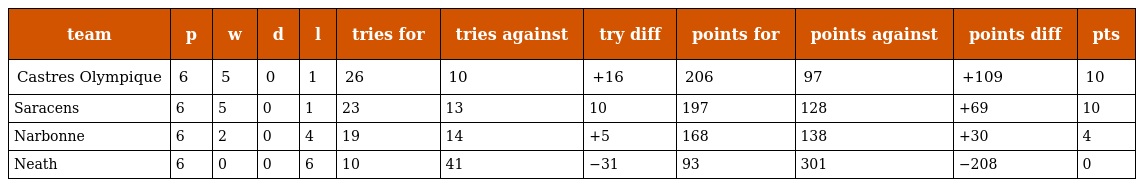
| team | p | w | d | l | tries for | tries against | try diff | points for | points against | points diff | pts |
 | --- | --- | --- | --- | --- | --- | --- | --- | --- | --- | --- | --- |
 | Castres Olympique | 6 | 5 | 0 | 1 | 26 | 10 | +16 | 206 | 97 | +109 | 10 |
 | Saracens | 6 | 5 | 0 | 1 | 23 | 13 | 10 | 197 | 128 | +69 | 10 |
 | Narbonne | 6 | 2 | 0 | 4 | 19 | 14 | +5 | 168 | 138 | +30 | 4 |
 | Neath | 6 | 0 | 0 | 6 | 10 | 41 | −31 | 93 | 301 | −208 | 0 |